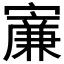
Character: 𡫐